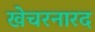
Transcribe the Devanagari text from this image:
खेचरनारद